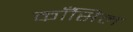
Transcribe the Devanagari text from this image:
काँसिल